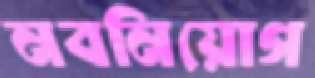
নবনিয়োগ